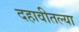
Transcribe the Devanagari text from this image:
दहावीतल्या